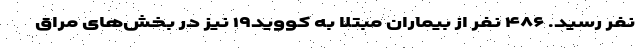
نفر رسید. ۴۸۶ نفر از بیماران مبتلا به کووید۱۹ نیز در بخش‌های مراق